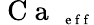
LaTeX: \mathrm{~C~a~}_{\mathrm{~\scriptsize~e~f~f~}}